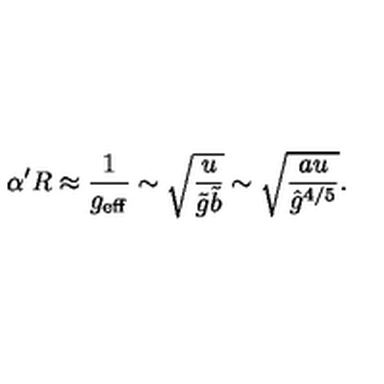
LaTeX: \alpha ^ { \prime } R \approx \frac { 1 } { g _ { \mathrm { e f f } } } \sim \sqrt { \frac { u } { \tilde { g } \tilde { b } } } \sim \sqrt { \frac { a u } { { \hat { g } } ^ { 4 / 5 } } } .